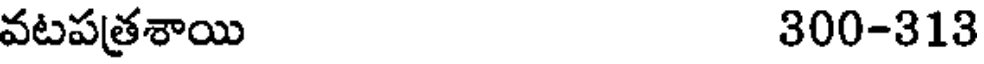
వటపత్రశాయి 300-313